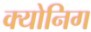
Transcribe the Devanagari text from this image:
क्योनिग